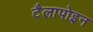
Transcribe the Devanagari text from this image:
टैलापोइन